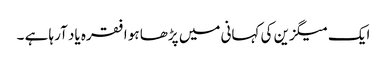
ایک میگزین کی کہانی میں پڑھا ہو ا فقرہ یاد آرہا ہے ۔